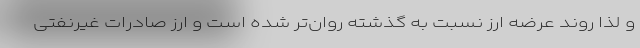
و لذا روند عرضه ارز نسبت به گذشته روان‌تر شده است و ارز صادرات غیرنفتی